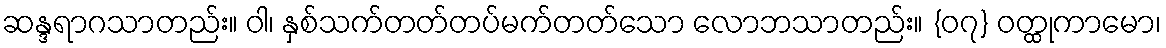
ဆန္ဒရာဂသာတည်း။ ဝါ၊ နှစ်သက်တတ်တပ်မက်တတ်သော လောဘသာတည်း။ {၀၇} ဝတ္ထုကာမော၊